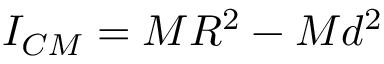
I _ { C M } = M R ^ { 2 } - M d ^ { 2 }